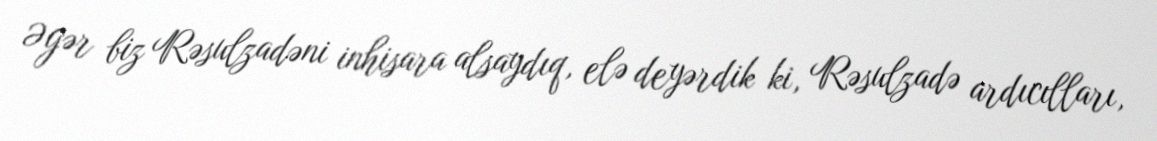
Əgər biz Rəsulzadəni inhisara alsaydıq, elə deyərdik ki, Rəsulzadə ardıcılları,